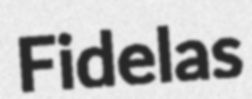
Fidelas